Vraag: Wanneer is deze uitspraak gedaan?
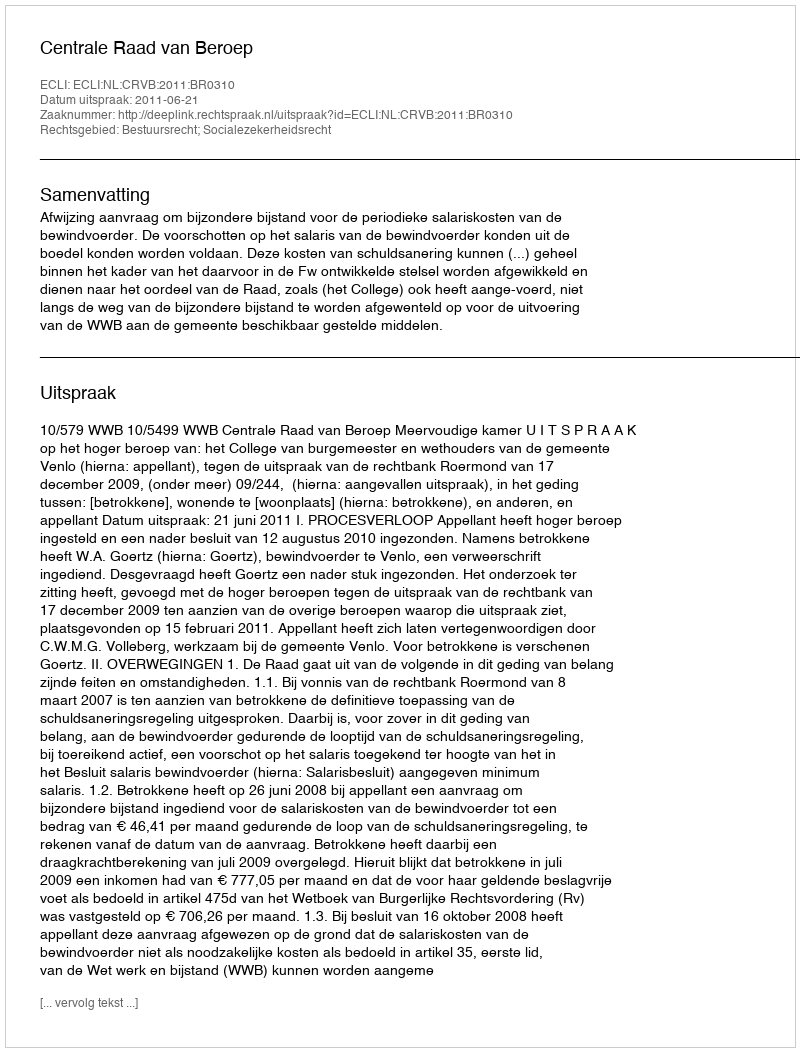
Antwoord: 2011-06-21